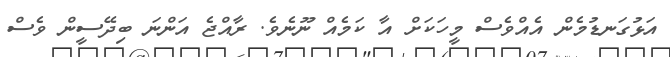
އަޅުގަނޑުމެން އެއްވެސް މީހަކަށް އާ ކަމެއް ނޫނެވެ. ރާއްޖެ އަންނަ ބިދޭސީން ވެސް